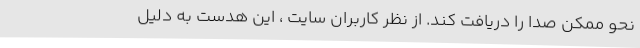
نحو ممکن صدا را دریافت کند. از نظر کاربران سایت ، این هدست به دلیل